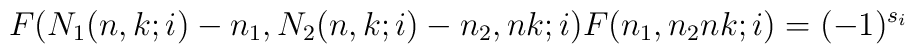
F(N_1(n,k;i)-n_1,N_2(n,k;i)-n_2,nk;i)F(n_1,n_2nk;i)=(-1)^{s_i}